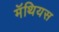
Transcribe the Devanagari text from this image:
मॅथियस